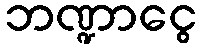
ဘဏ္ဍာငွေ